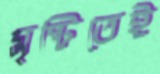
সৃষ্টিতেই